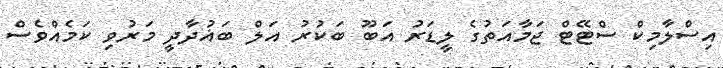
އިސްލާމިކް ސްޓޭޓް ޖަމާއަތުގެ ލީޑަރު އަބޫ ބަކުރު އަލް ބަޣުދާދީ މަރުވި ކަމެއްވެސް